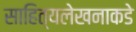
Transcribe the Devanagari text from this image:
साहित्यलेखनाकडे